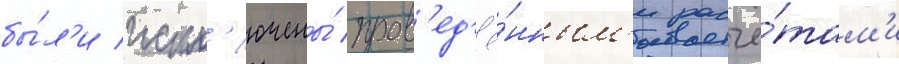
бы́л'и искл'ючены́ пров'ед'ё́нным'и расчё́там'и